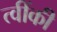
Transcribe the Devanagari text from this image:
त्वींकी